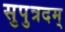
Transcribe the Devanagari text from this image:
सुपुत्रदम्